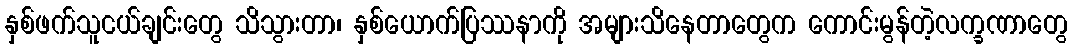
နှစ်ဖက်သူငယ်ချင်းတွေ သိသွားတာ၊ နှစ်ယောက်ပြဿနာကို အများသိနေတာတွေက ကောင်းမွန်တဲ့လက္ခဏာတွေ